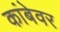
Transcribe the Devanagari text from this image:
कांबेवर